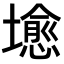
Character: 𪤣